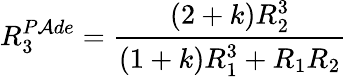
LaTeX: R_{3}^{P\mathcal{A}de}=\frac{{(2+k)R_{2}^{3}}}{{(1+k)R_{1}^{3}+R_{1}R_{2}}}